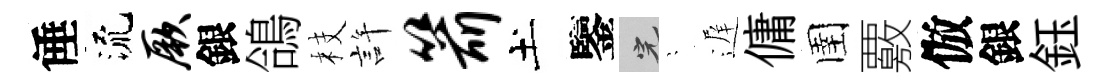
倕流厥銀鴿枝許箭土鑒完隠遅傭圉覈倣銀鈺